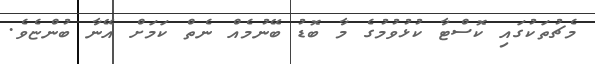
މެޗުތަކުގައި ކޮސްޓާ ކުޅުވުމުގެ މާ ބޮޑު ބޭނުމެއް ނެތް ކަމަށް އޭނާ ބުންޏެވެ.